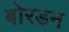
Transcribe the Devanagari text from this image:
बोरडन